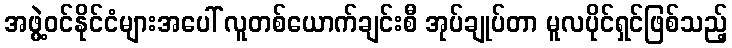
အဖွဲ့ဝင်နိုင်ငံများအပေါ် လူတစ်ယောက်ချင်းစီ အုပ်ချုပ်တာ မူလပိုင်ရှင်ဖြစ်သည့်